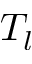
T _ { l }